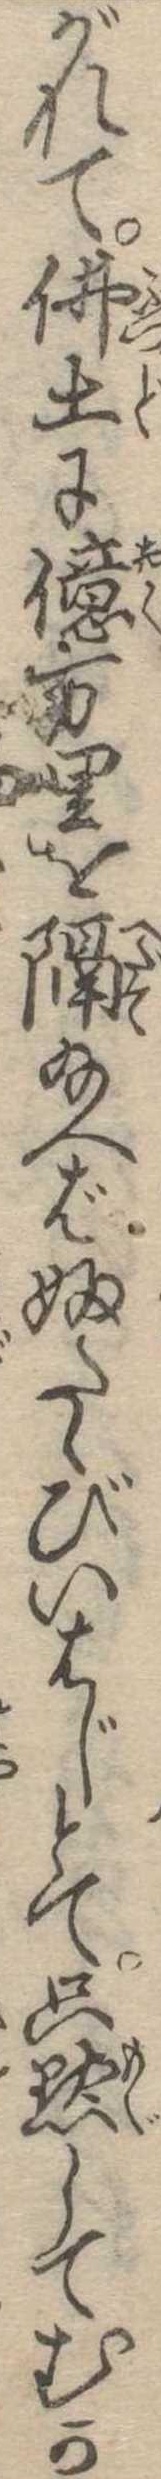
がれて仏土に億万里を隔給へばふたゝびいはじとて只黙してむか